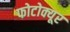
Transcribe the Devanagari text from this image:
फोटोक्यूर